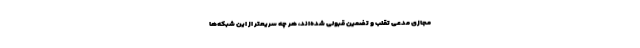
مجازی مدعی تقلب و تضمین قبولی شده‌اند، هر چه سریعتر از این شبکه‌ها